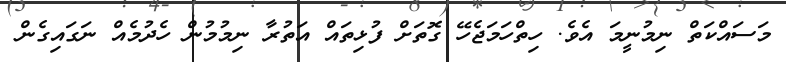
މަސައްކަތް ނިމުނީމަ އެވެ. ހިތްހަމަޖެހޭ ގޮތަށް ފުޅިތައް އަތުރާ ނިމުމުން ހެދުމެއް ނަގައިގެން